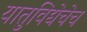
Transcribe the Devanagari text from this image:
यातुविद्येचेच